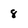
Character: 8